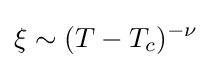
\xi \sim (T-T_{c})^{-\nu }